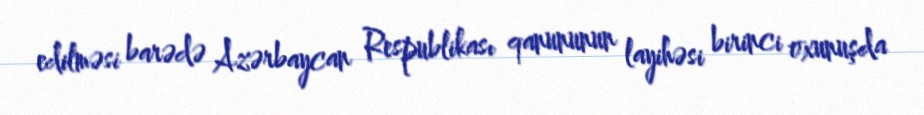
edilməsi barədə Azərbaycan Respublikası qanununun layihəsi birinci oxunuşda